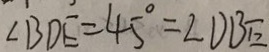
\angle B D E = 4 5 ^ { \circ } = \angle D B E